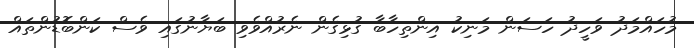
މުހައްމަދު ވަހީދު ހަސަން މަނިކު އިންތިހާބާ ގުޅިގެން ނެރުއްވެވި ބަޔާނުގައި ވެސް ކަންބޮޑުންތައް